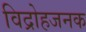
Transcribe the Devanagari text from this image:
विद्रोहजनक